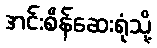
အင်းစိန်ဆေးရုံသို့